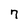
Character: 7